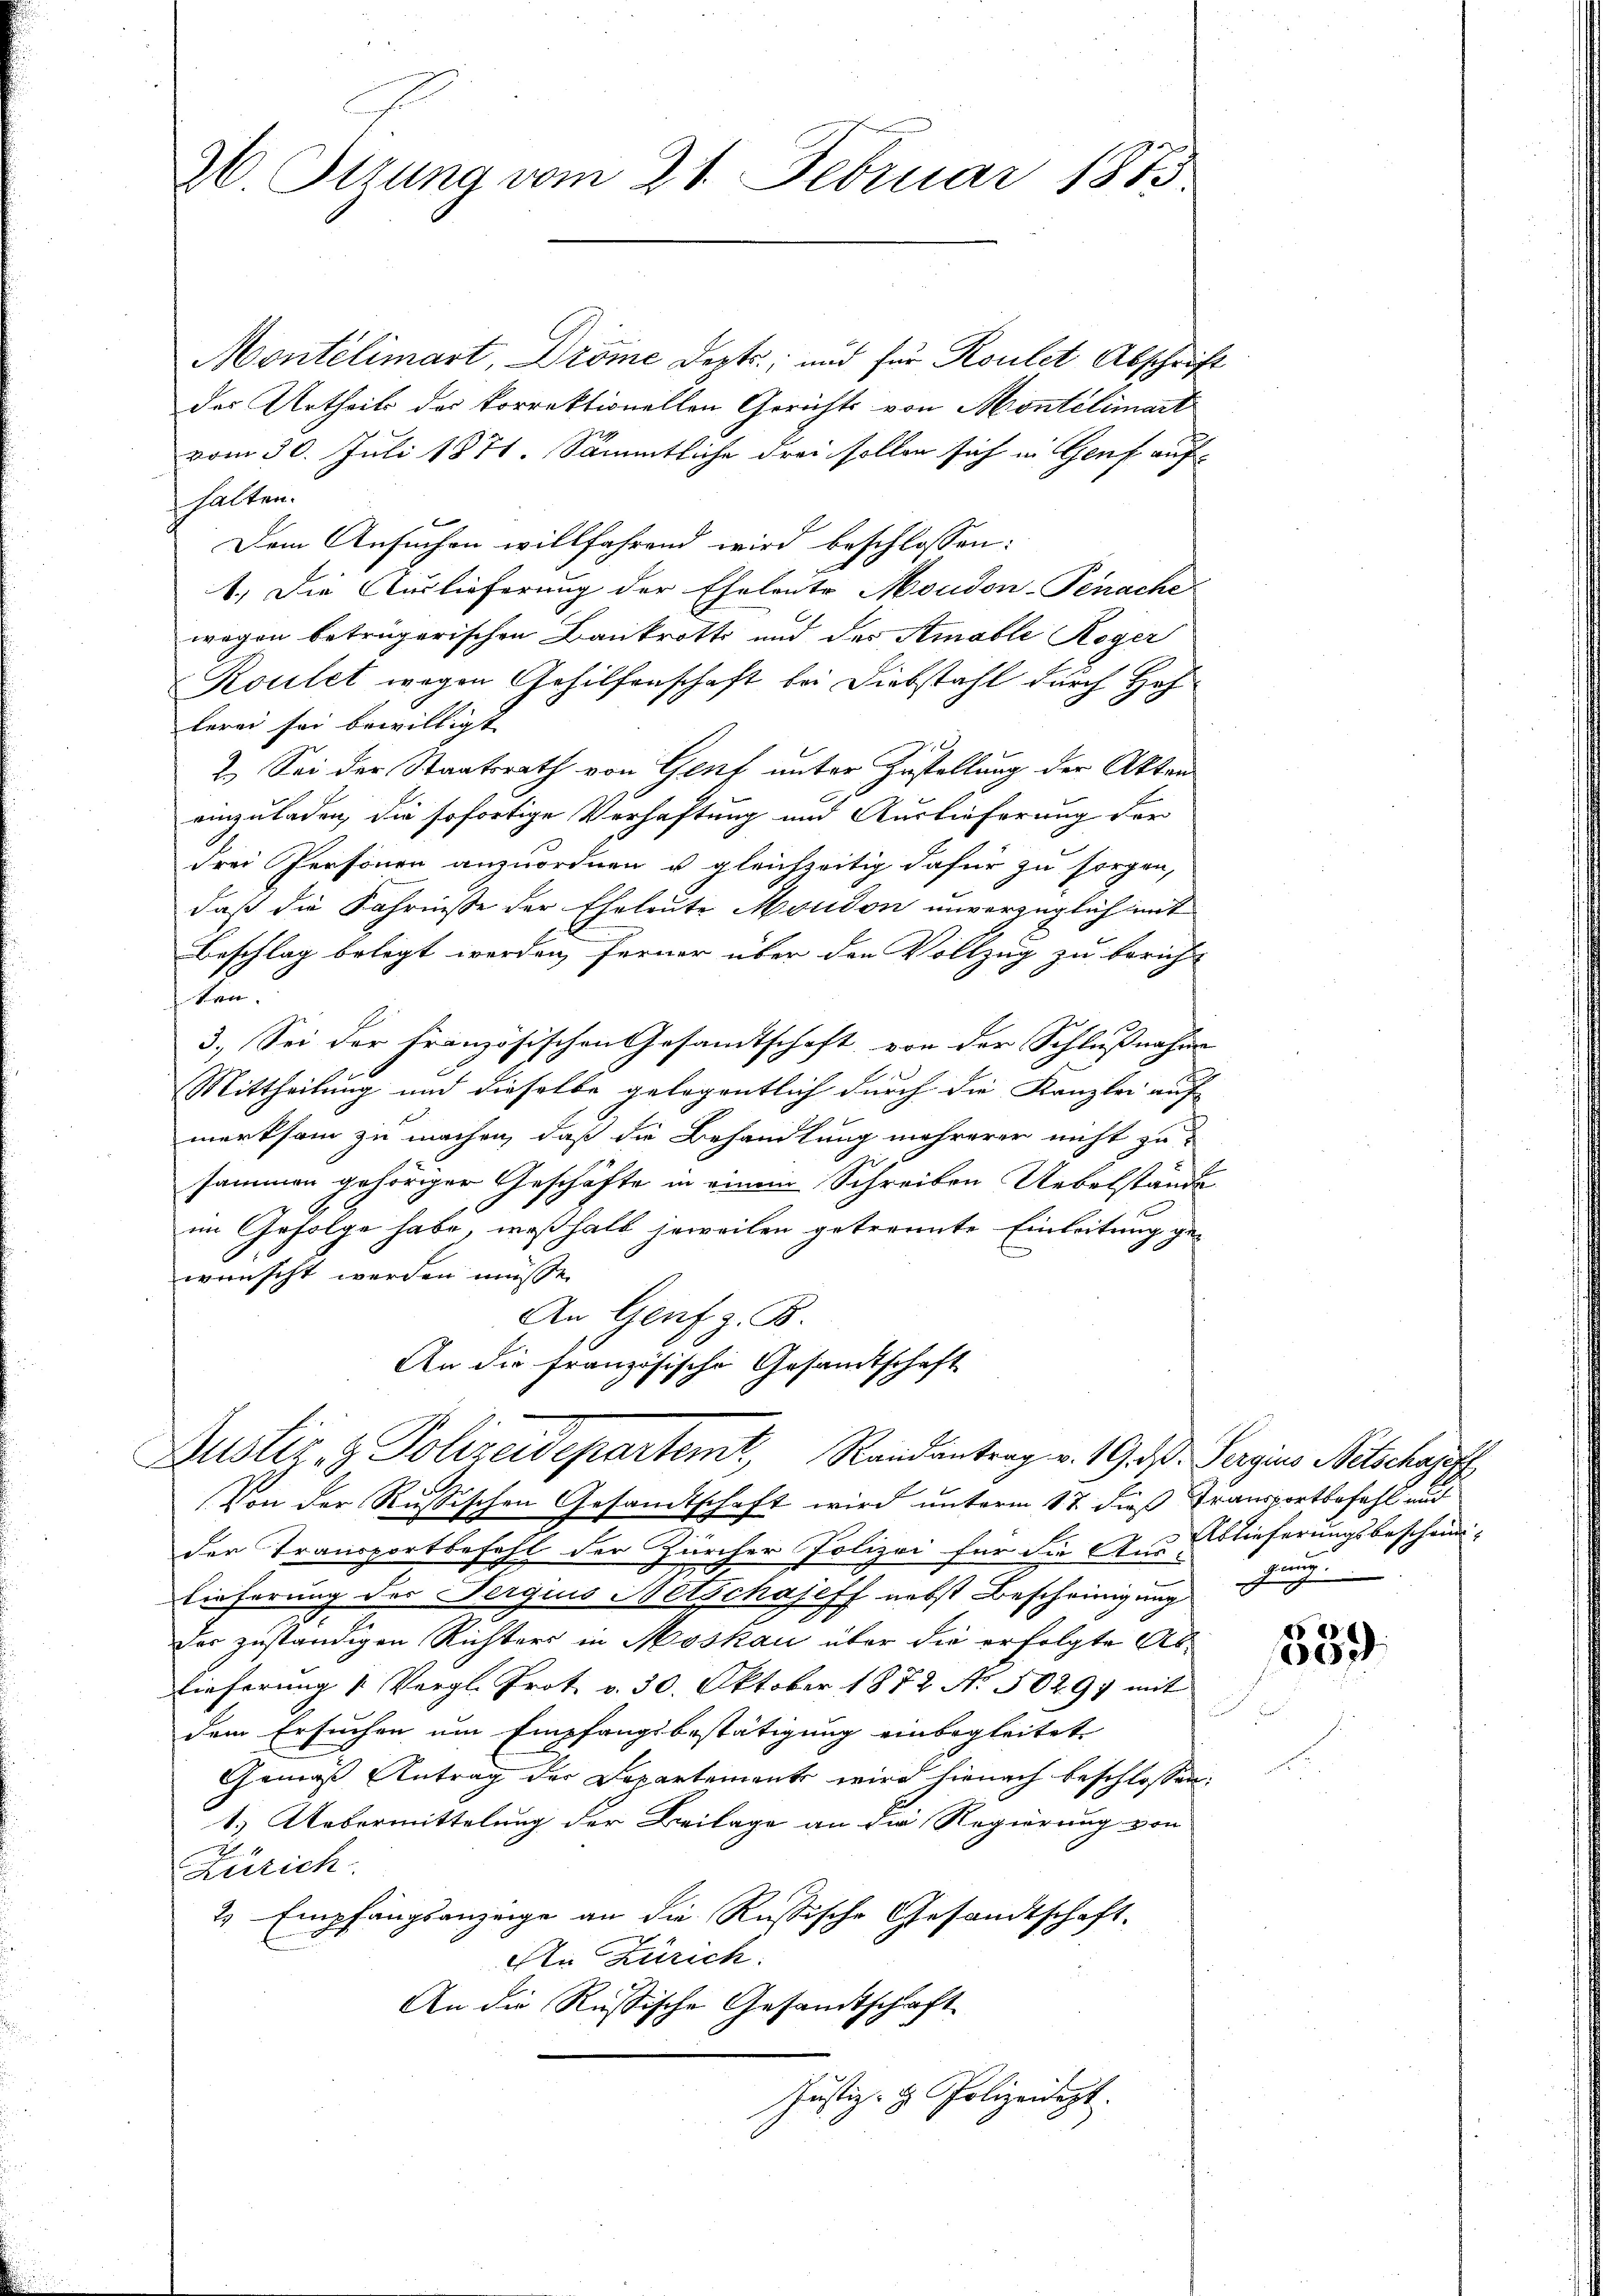
26. Sitzung vom 21. Februar 1873.

Montélimart, Dröme Depts; und für Roulet Abschrif
der Urtheils des korrektionellen Gerichts von Montélimart
vom 30. Juli 1871. Sämmtliche drei sollen sich in Genf auf-
halten.
Dem Ansuchen willfahrend wird beschlossen:
1.) Die Auslieferung der Eheleute Moudon-Penache
wegen betrügerischen Bankrotts und der Atmable Roger
Roulet wegen Gehilfenschaft bei Diebstahl durch Hoflerei sei bewilligt |
2.) Sei der Staatsrath von Genf unter Zustellung der Akten
einzuladen, die sofortige Verhaftung und Auslieferung der
drei Personen anzuordnen u gleichzeitig dafür zu sorgen,
daß die Fahrnisse der Eheleute Moudon unverzüglich mit
Beschlag belegt werden, ferner über den Vollzug zu bericht
ken.
3.) Sei der Französischen Gesamtschaft, von der Schlußnahm
Mittheilung und dieselbe gelegentlich durch die Kanzlei auf
merksam zu machen, daß die Behandlung mehrerer nicht zu
sammen gehöriger Geschäfte in einem Schreiben Uebelstände
im Gefolge habe, weßhalb jeweilen getrennte Einleitung ge-
wünscht werden müsse.
An Genf z. B.
An die französische Gesandtschaft
Justiz- & Polizeidepartemt, Randantrag v. 19. d. Verzins Nitschaff
Von der Russischen Gesandtschaft wird unterm 17. dieß Transportbefahl und
der Transportbefehl der Zürcher Polizei für die Auslieferungsbeschein-
Lieferung der Verquis Netschajeff nebst Bescheinigung genug.
Der zuständigen Richters in Moskau über die erfolgte Ab¬
Lieferung u Vergl. Prot. v. 30. Oktober 1872 No 5029) mit
dem Ersuchen um Empfangsbestätigung einbegleitet
Gemäß Antrag der Departements wird hienach beschlossen:
1.) Uebermittelung der Beilage an die Regierung von
4
Rerzich
2 Empfangsanzeige an die Russische Gesandtschaft-
An Zürich:
An die Russische Gesandtschaft
Justiz- & Polizeidigt.

E

60